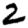
Digit: 2